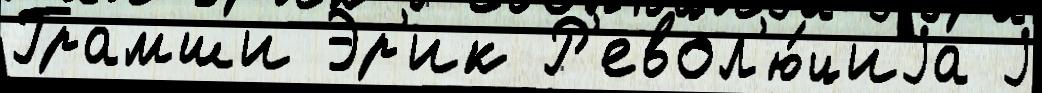
Грамши Эр'ик Р'евол'ю́циjа j